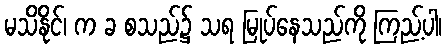
မသိနိုင်၊ က ခ စသည်၌ သရ မြုပ်နေသည်ကို ကြည့်ပါ၊